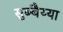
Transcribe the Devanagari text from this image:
सुब्बैय्या